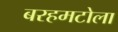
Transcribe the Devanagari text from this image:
बरहमटोला